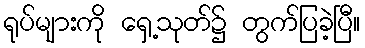
ရုပ်များကို ရှေ့သုတ်၌ တွက်ပြခဲ့ပြီ။